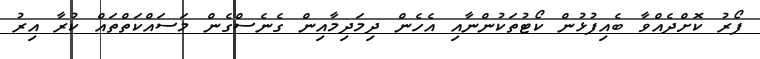
ފޯރު ކޮށްދެއްވާ ބެއިފުޅުން ކޯޓުތަކުންނާއި އެހެން ދިމަދިމާއިން ގެނެސްގެން މަސައްކަތްތައް ކުރާ އިރު